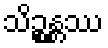
သိဉ္စန္တဿ